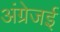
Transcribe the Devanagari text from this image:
अंग्रेजई